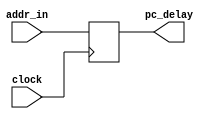
module delay_pc(pc_delay,addr_in,clock);
output reg[31:0] pc_delay;
input [31:0] addr_in;
input clock;


always@(posedge clock)
 pc_delay <= addr_in;
endmodule